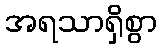
အရသာရှိစွာ